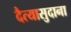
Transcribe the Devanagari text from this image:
दैत्‍यासुदाना